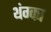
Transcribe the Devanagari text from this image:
थंग्का